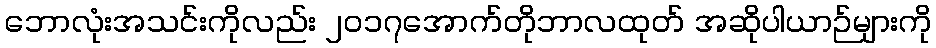
ဘောလုံးအသင်းကိုလည်း ၂၀၁၇အောက်တိုဘာလထုတ် အဆိုပါယာဉ်များကို